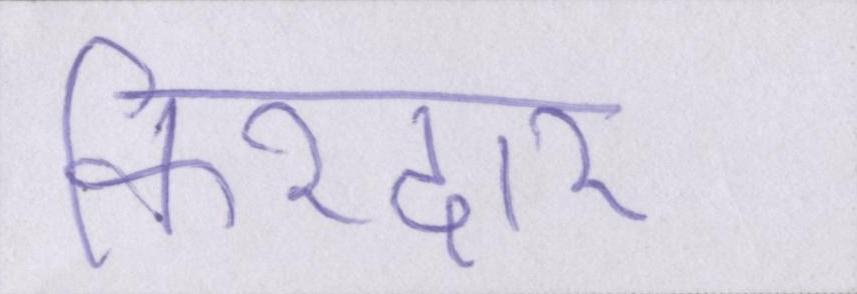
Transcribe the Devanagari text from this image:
किरदार